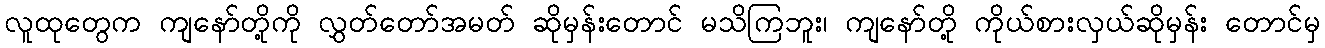
လူထုတွေက ကျနော်တို့ကို လွှတ်တော်အမတ် ဆိုမှန်းတောင် မသိကြဘူး၊ ကျနော်တို့ ကိုယ်စားလှယ်ဆိုမှန်း တောင်မှ